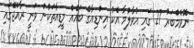
ނޮވެމްބަރު 27 ގައި އުވާލުމާ އެކު އިންޑިއާގެ ބައެއް މީޑިއާތަކުން ވަނީ ރާއްޖޭގައި